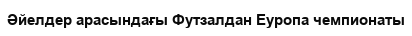
Əйелдер арасындағы Футзалдан Еуропа чемпионаты